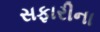
સફારીના